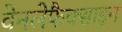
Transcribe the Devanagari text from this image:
वेनलेफैक्साइन